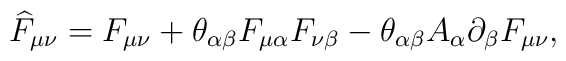
\widehat{F}_{\mu \nu }=F_{\mu \nu }+\theta_{\alpha\beta} F_{\mu \alpha}F_{\nu \beta}-\theta_{\alpha\beta}A_\alpha\partial_\beta F_{\mu \nu } ,